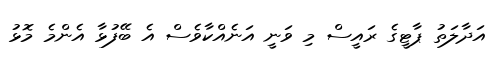
އަދާލަތު ޕާޓީގެ ރައީސް މި ވަނީ އަނެއްކާވެސް އެ ބޭފުޅާ އެންމެ މޮޅު